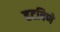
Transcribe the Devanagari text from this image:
हटविणे